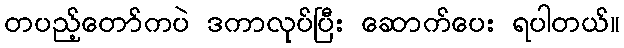
တပည့်တော်ကပဲ ဒကာလုပ်ပြီး ဆောက်ပေး ရပါတယ်။